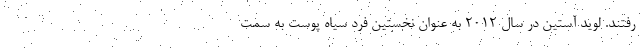
رفتند. لوید آستین در سال ۲۰۱۲ به عنوان نخستین فرد سیاه پوست به سمت